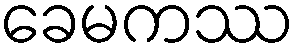
ခေမကဿ